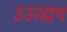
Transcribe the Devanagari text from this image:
उऊद्धव